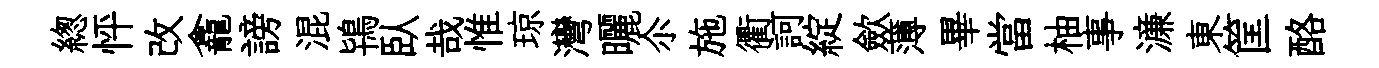
緫怦改龕謗混鴇臥哉惟琼灣曬尒施衢訶綻歛薄畢當柚事濓東筐酪